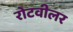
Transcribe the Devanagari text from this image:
रोटवीलर